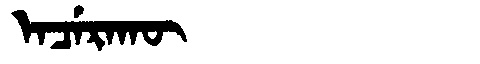
Manchu: ᡝᠨᠴᡝᡵᠠᡴᡡ
Romanization: ENCERAKŪ